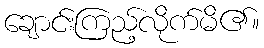
ချောင်းကြည့်လိုက်မိ၏။